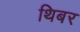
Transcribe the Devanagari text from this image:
थिबर